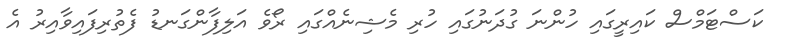
ކަސްޓަމްސް ކައިރީގައި ހުންނަ ގުދަނުގައި ހުރި މެޝިނެއްގައި ރޯވެ އަލިފާންގަނޑު ފެތުރިފައިވާއިރު އެ